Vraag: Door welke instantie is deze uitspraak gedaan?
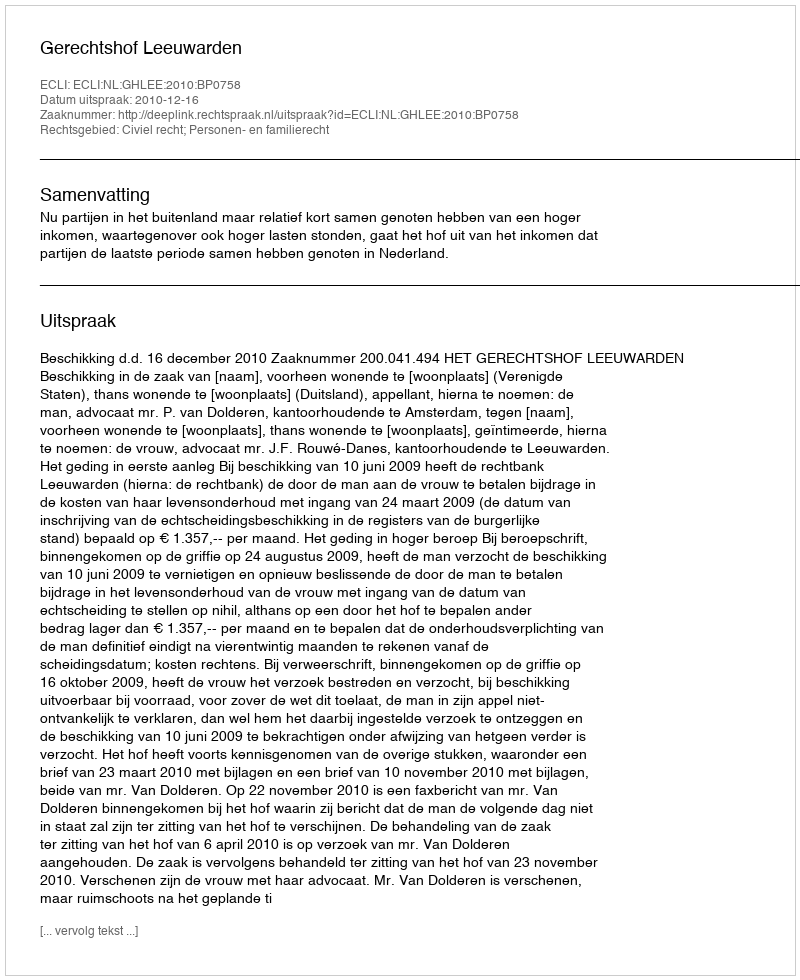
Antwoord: Gerechtshof Leeuwarden